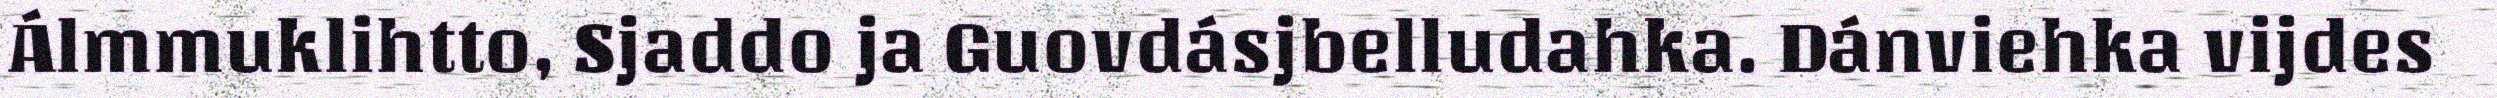
Álmmuklihtto, Sjaddo ja Guovdásjbelludahka. Dánviehka vijdes